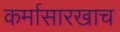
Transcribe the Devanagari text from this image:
कर्मासारखाच